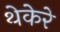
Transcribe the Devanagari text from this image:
थेकेरे